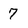
Character: 7